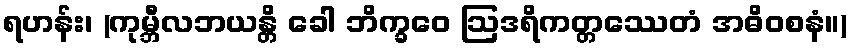
ရဟန်း၊ (ကုမ္ဘီလဘယန္တိ ခေါ ဘိက္ခဝေ ဩဒရိကတ္တဿေတံ အဓိဝစနံ။)